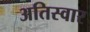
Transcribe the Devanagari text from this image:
अतिस्वार